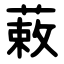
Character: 䔩